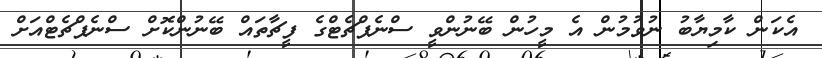
އެކަން ކާމިޔާބު ނުވުމުން އެ މީހުން ބޭނުންވީ ސްނެޕްޗެޓްގެ ފީޗާތައް ބޭނުންކޮށް ސްނެޕްޗެޓްއަށް